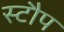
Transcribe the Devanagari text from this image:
स्टौप